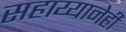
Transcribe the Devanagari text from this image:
सहाय्यानेही